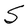
Character: S